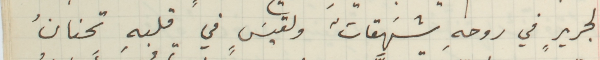
لجريرٍ في روحهِ شهَقاتٌ ولقيسٍَ في قلبهِ تحنانُ